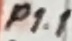
Text: P1.1